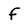
Character: f